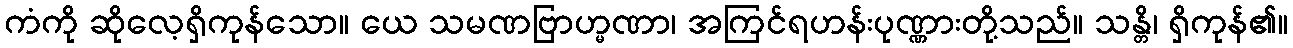
ကံကို ဆိုလေ့ရှိကုန်သော။ ယေ သမဏဗြာဟ္မဏာ၊ အကြင်ရဟန်းပုဏ္ဏားတို့သည်။ သန္တိ၊ ရှိကုန်၏။